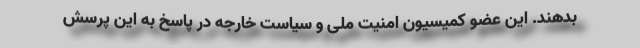
بدهند. این عضو کمیسیون امنیت ملی و سیاست خارجه در پاسخ به این پرسش